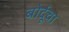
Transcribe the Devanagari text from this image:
बोर्दूचा